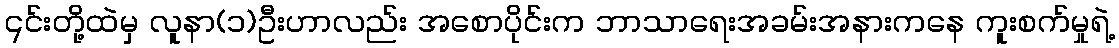
၎င်းတို့ထဲမှ လူနာ(၁)ဦးဟာလည်း အစောပိုင်းက ဘာသာရေးအခမ်းအနားကနေ ကူးစက်မှုရဲ့